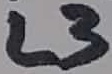
Text: L3